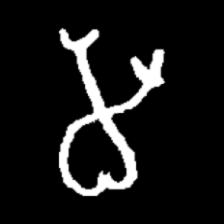
Pyu character \u2014 Myanmar letter: မ (romanized: ma)